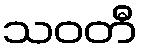
သဝတီ